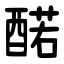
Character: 䤀